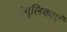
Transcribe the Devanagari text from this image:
अंगुलिकाएं